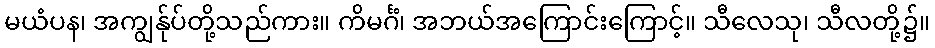
မယံပန၊ အကျွန်ုပ်တို့သည်ကား။ ကိမင်္ဂံ၊ အဘယ်အကြောင်းကြောင့်။ သီလေသု၊ သီလတို့၌။